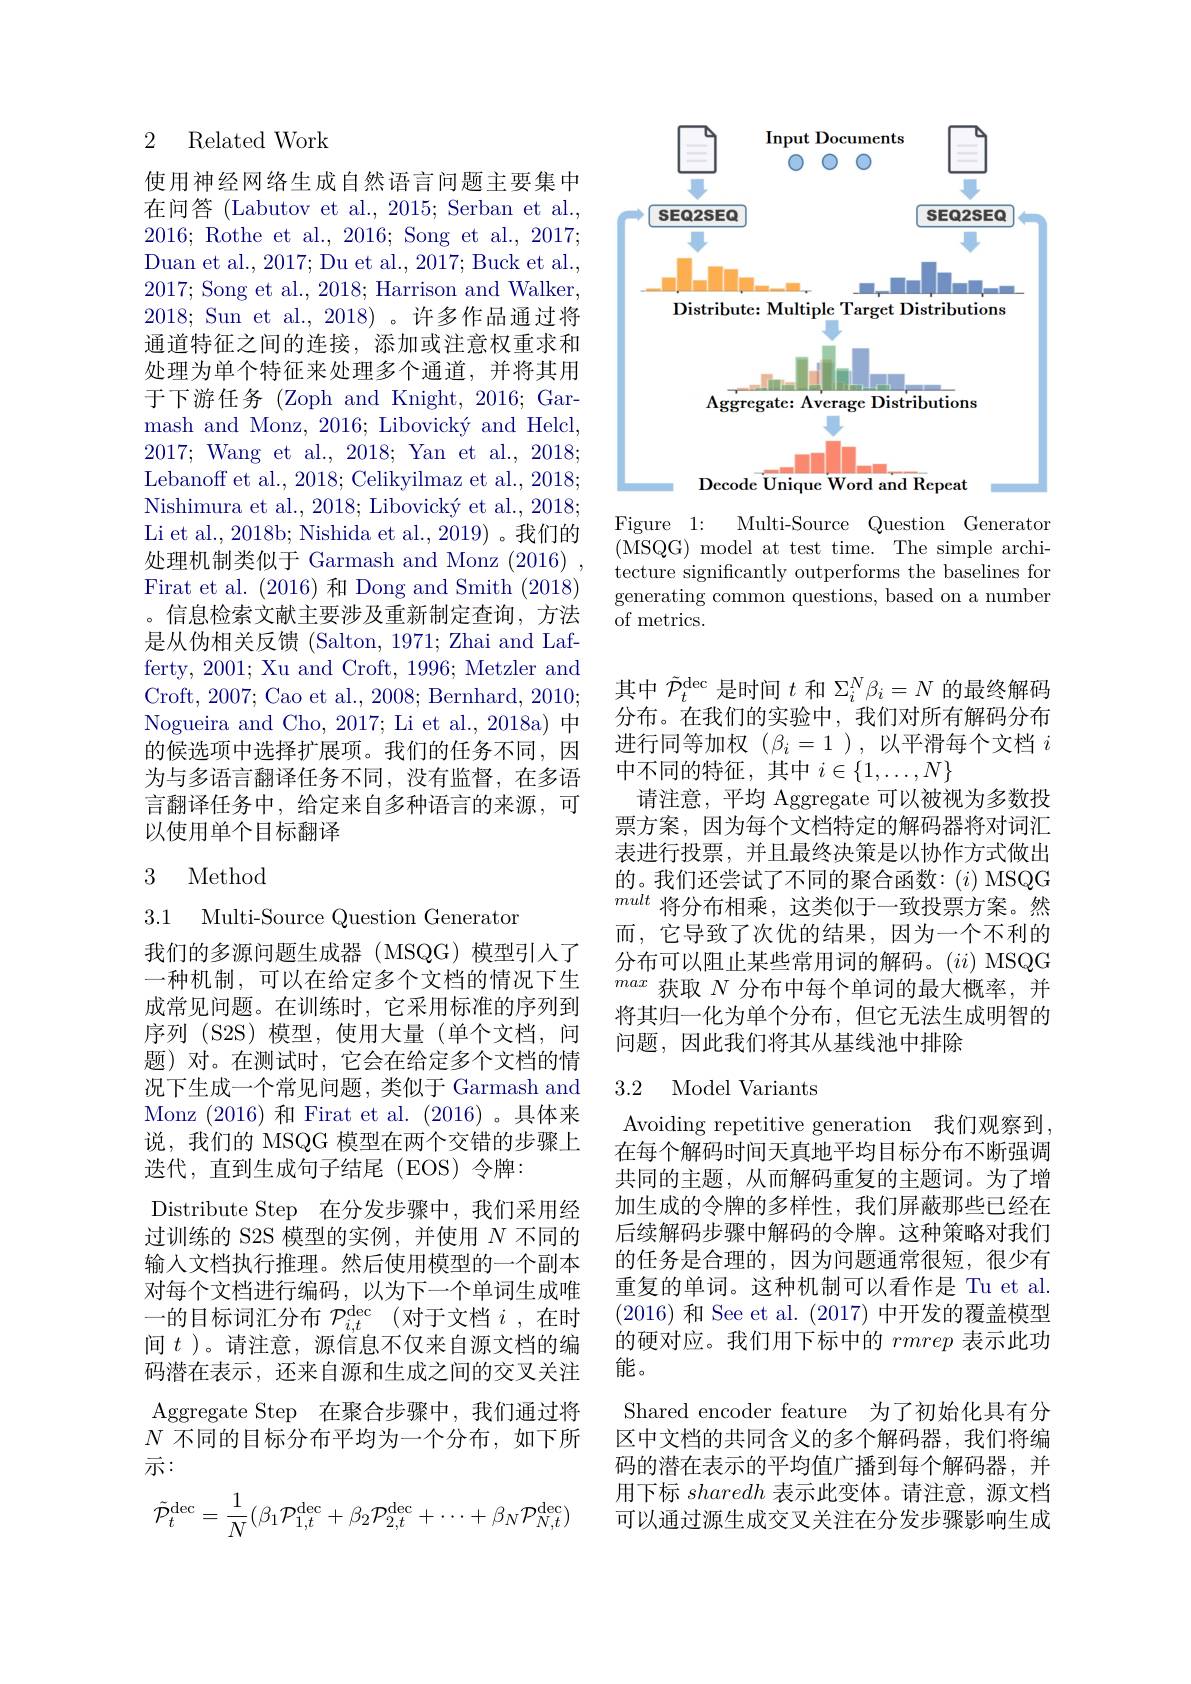
### 2 Related Work

使用神经网络生成自然语言问题主要集中在问答 (Labutov et al., 2015; Serban et al. 2016;Rothe et al., 2016; Song et al., 2017; Duan et al., 2017; Du et al., 2017; Buck et al., 2017; Song et al., 2018; Harrison and Walker, 2018; Sun et al., 2018)。许多作品通过将通道特征之间的连接，添加或注意权重求和处理为单个特征来处理多个通道，并将其用于下游任务 (Zoph and Knight, 2016; Garmash and Monz, 2016; Libovický and Helcl, 2017; Wang et al., 2018; Yan et al., 2018; Lebanoff et al., 2018; Celikyilmaz et al., 2018; Nishimura et al., 2018; Libovický et al., 2018; Li et al., 2018b; Nishida et al., 2019) 。我们的处理机制类似于 Garmash and Monz (2016) , Firat et al. (2016) 和 Dong and Smith (2018) 。信息检索文献主要涉及重新制定查询，方法是从伪相关反馈 (Salton, 1971; Zhai and Lafferty, 2001; Xu and Croft, 1996; Metzler and Croft, 2007; Cao et al., 2008; Bernhard, 2010; Nogueira and Cho, 2017; Li et al., 2018a) 中的候选项中选择扩展项。我们的任务不同，因为与多语言翻译任务不同，没有监督，在多语言翻译任务中，给定来自多种语言的来源，可以使用单个目标翻译

### 3 Method

3.1 Multi-Source Question Generator
我们的多源问题生成器(MSQG)模型引人了一种机制，可以在给定多个文档的情况下生成常见问题。在训练时，它采用标准的序列到序列 (S2S)模型，使用大量(单个文档，问题) 对。在测试时，它会在给定多个文档的情况下生成一个常见问题，类似于 Garmash and Monz (2016)和 Firat et al. (2016)。具体来说，我们的 MSQG 模型在两个交错的步骤上选代，直到生成句子结尾(EOS)令牌：
Distribute Step 在分发步骤中，我们采用经过训练的 S2S 模型的实例，并使用$N$不同的输入文档执行推理。然后使用模型的一个副本对每个文档进行编码，以为下一个单词生成唯一的目标词汇分布 $\mathcal{P} _i, t^\mathrm{dec}$ (对于文档 $i$ ,在时间$t$ )。请注意，源信息不仅来自源文档的编码潜在表示，还来自源和生成之间的交叉关注Aggregate Step 在聚合步骤中，我们通过将$N$不同的目标分布平均为一个分布，如下所示：
$$\tilde{\mathcal{P}}_{t}^{\mathrm{dec}}=\frac{1}{N}(\beta_{1}\mathcal{P}_{1,t}^{\mathrm{dec}}+\beta_{2}\mathcal{P}_{2,t}^{\mathrm{dec}}+\cdots+\beta_{N}\mathcal{P}_{N,t}^{\mathrm{dec}})$$
<FigureHere>

Figure 1:
Multi-Source Question Generator
( MSQG) model at test time. The simple archi- tecture significantly outperforms the baselines for generating common questions, based on a number of metrics.

其中$\tilde{\mathcal{P}}_t^\mathrm{dec}$是时间$t$和$\Sigma_i^N\beta_i=N$的最终解码分布。在我们的实验中，我们对所有解码分布进行同等加权($\beta_i=1$),以平滑每个文档$i$ 中不同的特征，其中$i\in\{1,\ldots,N\}$
请注意，平均 Aggregate 可以被视为多数投票方案，因为每个文档特定的解码器将对词汇表进行投票，并且最终决策是以协作方式做出的。我们还尝试了不同的聚合函数：(i) MSQG mult将分布相乘，这类似于一致投票方案。然而，它导致了次优的结果，因为一个不利的分布可以阻止某些常用词的解码。(ii) MSQG $^{max}$获取$N$分布中每个单词的最大概率，并将其归一化为单个分布，但它无法生成明智的问题，因此我们将其从基线池中排除

## 3.2 Model Variants

Avoiding repetitive generation 我们观察到， 在每个解码时间天真地平均目标分布不断强调共同的主题，从而解码重复的主题词。为了增加生成的令牌的多样性，我们屏蔽那些已经在后续解码步骤中解码的令牌。这种策略对我们的任务是合理的，因为问题通常很短，很少有重复的单词。这种机制可以看作是 Tu et al. (2016)和 See et al. (2017)中开发的覆盖模型的硬对应。我们用下标中的rmrep表示此功能。
Shared encoder feature 为了初始化具有分区中文档的共同含义的多个解码器，我们将编码的潜在表示的平均值广播到每个解码器，并用下标sharedh表示此变体。请注意，源文档可以通过源生成交叉关注在分发步骤影响生成